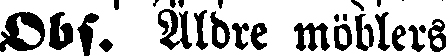
Obs. Äldre möblers